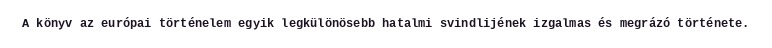
A könyv az európai történelem egyik legkülönösebb hatalmi svindlijének izgalmas és megrázó története.